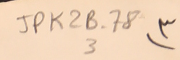
JPK2B-78			3		٣)